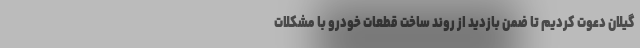
گیلان دعوت کردیم تا ضمن بازدید از روند ساخت قطعات خودرو با مشکلات